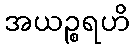
အယဉ္စရဟိ